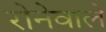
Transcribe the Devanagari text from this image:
रोनेवाले